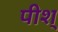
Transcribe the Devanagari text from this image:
पीश्